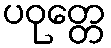
ပဝုတ္တေ